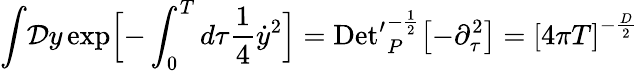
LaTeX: {\displaystyle\int}{\cal D}y\, \mathrm{exp}\Bigl[-\int_{0}^{T}d\tau{\frac{1}{4}}{\dot{y}}^{2}\Bigr]=\mathrm{Det^{\prime}}_{P}^{-{\frac{1}{2}}}\bigl[-{\partial}_{\tau}^{2}\bigr]={\lbrack 4\pi T\rbrack}^{-{\frac{D}{2}}}\,